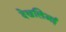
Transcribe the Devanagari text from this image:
देखलिअई